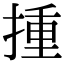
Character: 揰